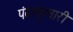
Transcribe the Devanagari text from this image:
पंढरपूरवारी